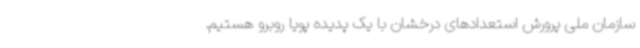
سازمان ملی پرورش استعدادهای درخشان با یک پدیده پویا روبرو هستیم.